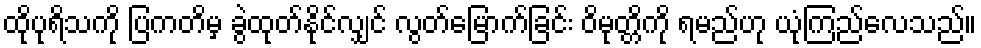
ထိုပုရိသကို ပြကတိမှ ခွဲထုတ်နိုင်လျှင် လွတ်မြောက်ခြင်း ဝိမုတ္တိကို ရမည်ဟု ယုံကြည်လေသည်။